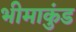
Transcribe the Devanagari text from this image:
भीमाकुंड